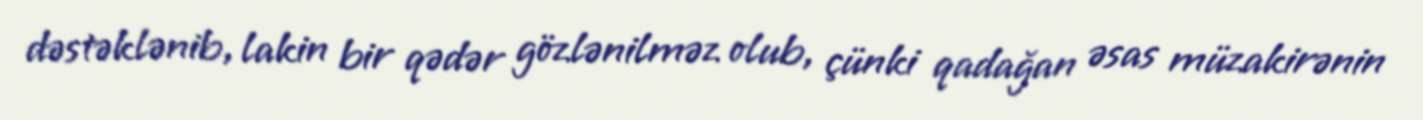
dəstəklənib, lakin bir qədər gözlənilməz olub, çünki qadağan əsas müzakirənin